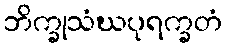
ဘိက္ခုသံဃပုရက္ခတံ